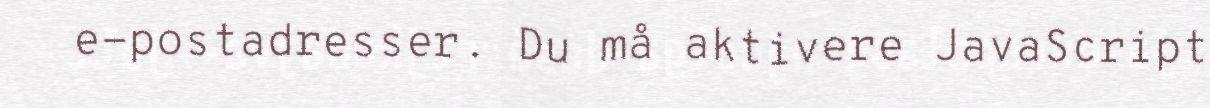
e-postadresser. Du må aktivere JavaScript